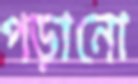
পড়ানো